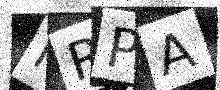
Text: IRPA